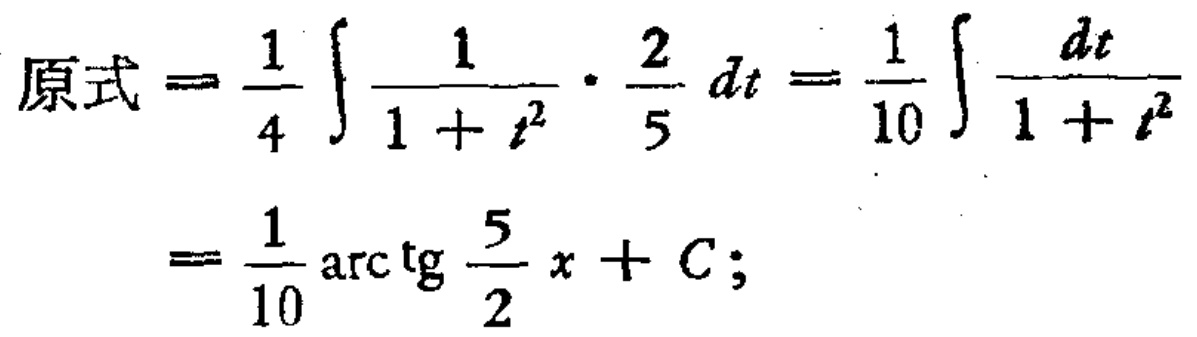
\[
\begin{align*}
\text{原式}&=\frac{1}{4}\int\frac{1}{1 + t^{2}}\cdot\frac{2}{5}dt=\frac{1}{10}\int\frac{dt}{1 + t^{2}}\\
&=\frac{1}{10}\arctan\frac{5}{2}x + C;
\end{align*}
\]